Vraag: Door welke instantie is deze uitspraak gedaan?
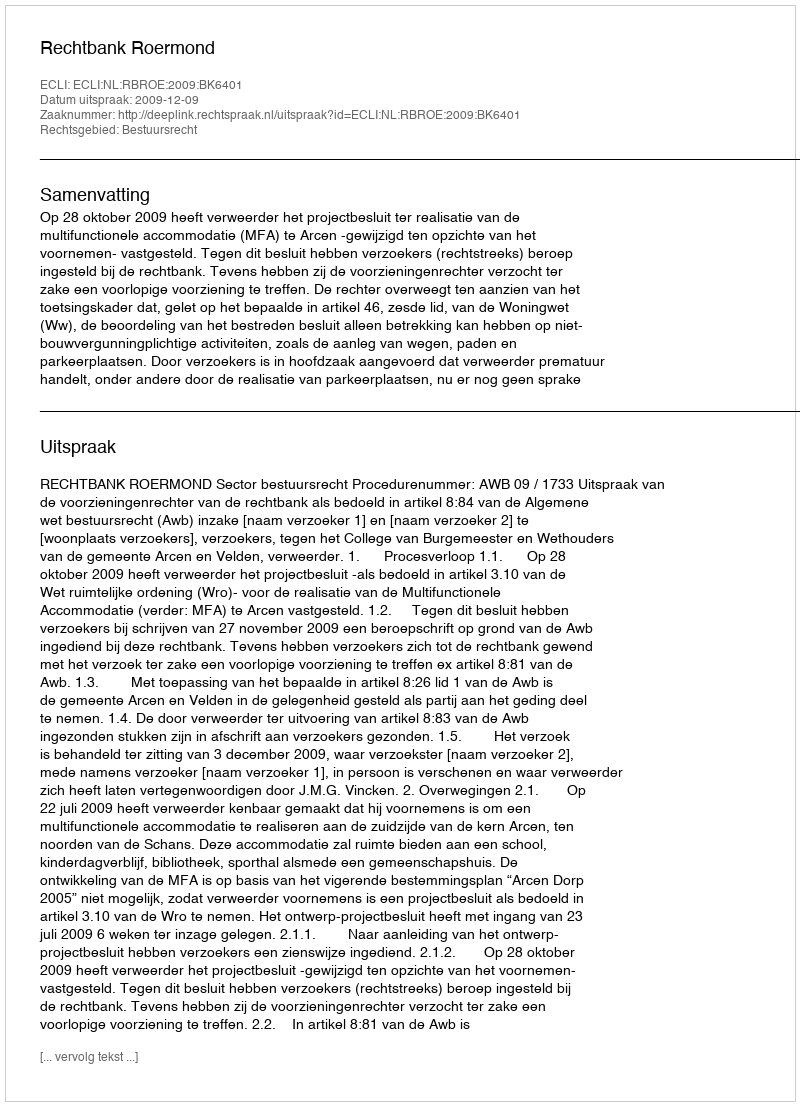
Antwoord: Rechtbank Roermond